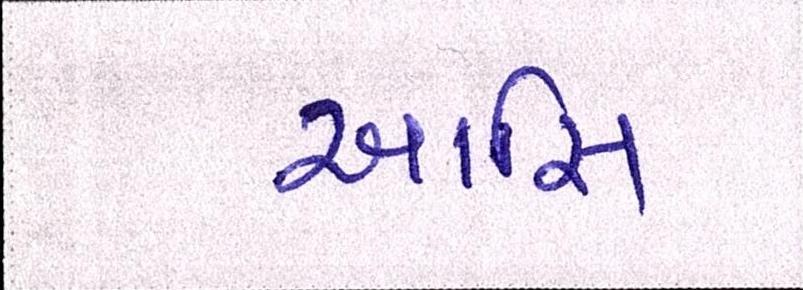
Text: આસિ